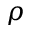
\rho